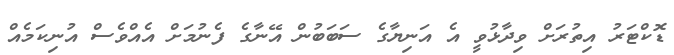
ޑޮކްޓަރު އިތުރަށް ވިދާޅުވީ އެ އަނިޔާގެ ސަބަބުން އޭނާގެ ފެނުމަށް އެއްވެސް އުނިކަމެއް